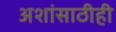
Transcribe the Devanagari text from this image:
अशांसाठीही